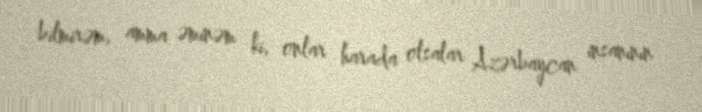
bilmirəm, amma əminəm ki, onlar harada olsalar Azərbaycan insanının